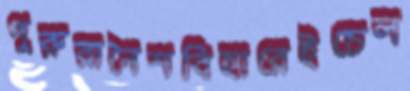
পুরুরানৈশবিহারেইচেল